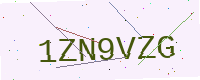
Text: 1ZN9VZG